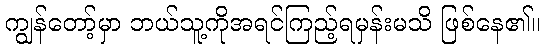
ကျွန်တော့်မှာ ဘယ်သူ့ကိုအရင်ကြည့်ရမှန်းမသိ ဖြစ်နေ၏။